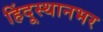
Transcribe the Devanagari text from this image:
हिंदूस्थानभर